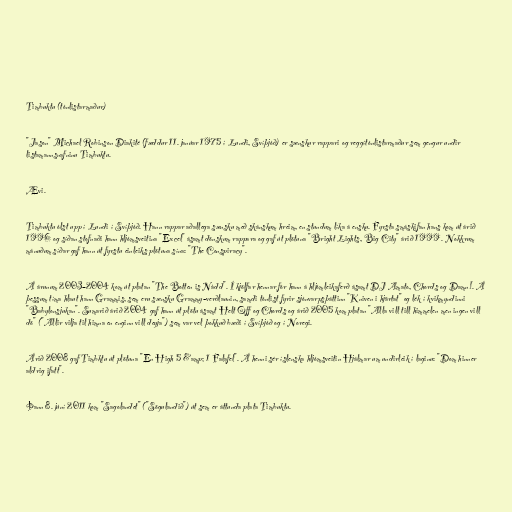
Timbuktu (tónlistarmaður)

"Jason" Michael Robinson Diakité (fæddur 11. janúar 1975 í Lundi, Svíþjóð) er sænskur rappari og reggítónlistarmaður sem gengur undir
listamannsnafninu Timbuktu.

Ævi.

Timbuktu ólst upp í Lundi í Svíþjóð. Hann rappar aðallega sænsku með skánskum hreim, en stundum líka á ensku. Fyrsta smáskifan hans kom út árið
1996 og síðan stofnaði hann hljómsveitina "Excel" ásamt dönskum rappara og gaf út plötuna "Bright Lights, Big City" árið 1999. Nokkrum
mánuðum síðar gaf hann út fyrstu einleiks plötuna sína: "The Conspiracy".

Á árunum 2003–2004 kom út platan "The Botten is Nådd". Í kjölfar hennar fór hann á hljómleikaferð ásamt DJ Amato, Chords og Damn!. Á
þessum tíma hlaut hann Grammis, sem eru sænsku Grammy-verðlaunin, samdi tónlist fyrir sjónvarpsþáttinn "Kniven i hjärtat" og lék í kvikmyndinni
"Babylonsjukan". Sumarið árið 2004 gaf hann út plötu ásamt Helt Off og Chords og árið 2005 kom platan "Alla vill till himmelen men ingen vill
dö" ("Allir vilja til himna en enginn vill deyja") sem var vel þokkuð bæði í Svíþjóð og í Noregi.

Árið 2008 gaf Timbktu út plötuna "En High 5 &amp; 1 Falafel". Á henni sér íslenska hljómsveitin Hjálmar um undirleik í laginu: "Dom hinner
aldrig ifatt".

Þann 8. júní 2011 kom "Sagolandet" ("Sögulandið") út sem er áttunda plata Timbuktu.